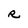
Character: R